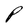
Character: P